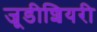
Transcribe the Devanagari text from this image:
जूडीशियरी